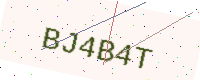
Text: BJ4B4T